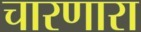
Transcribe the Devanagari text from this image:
चारणारा